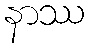
နာဿ